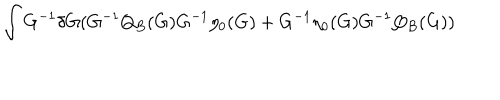
\int G ^ { - 1 } \delta G ( G ^ { - 1 } Q _ { B } ( G ) G ^ { - 1 } \eta _ { 0 } ( G ) + G ^ { - 1 } \eta _ { 0 } ( G ) G ^ { - 1 } Q _ { B } ( G ) )